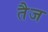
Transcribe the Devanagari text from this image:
तैज